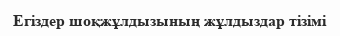
Егіздер шоқжұлдызының жұлдыздар тізімі